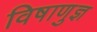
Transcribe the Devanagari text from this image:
विषाणुज्ञ